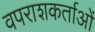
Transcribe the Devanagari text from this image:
वपराशकर्ताओं